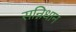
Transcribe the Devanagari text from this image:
सन्निधान